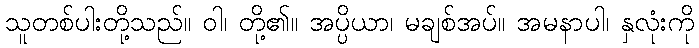
သူတစ်ပါးတို့သည်။ ဝါ၊ တို့၏။ အပ္ပိယာ၊ မချစ်အပ်။ အမနာပါ၊ နှလုံးကို